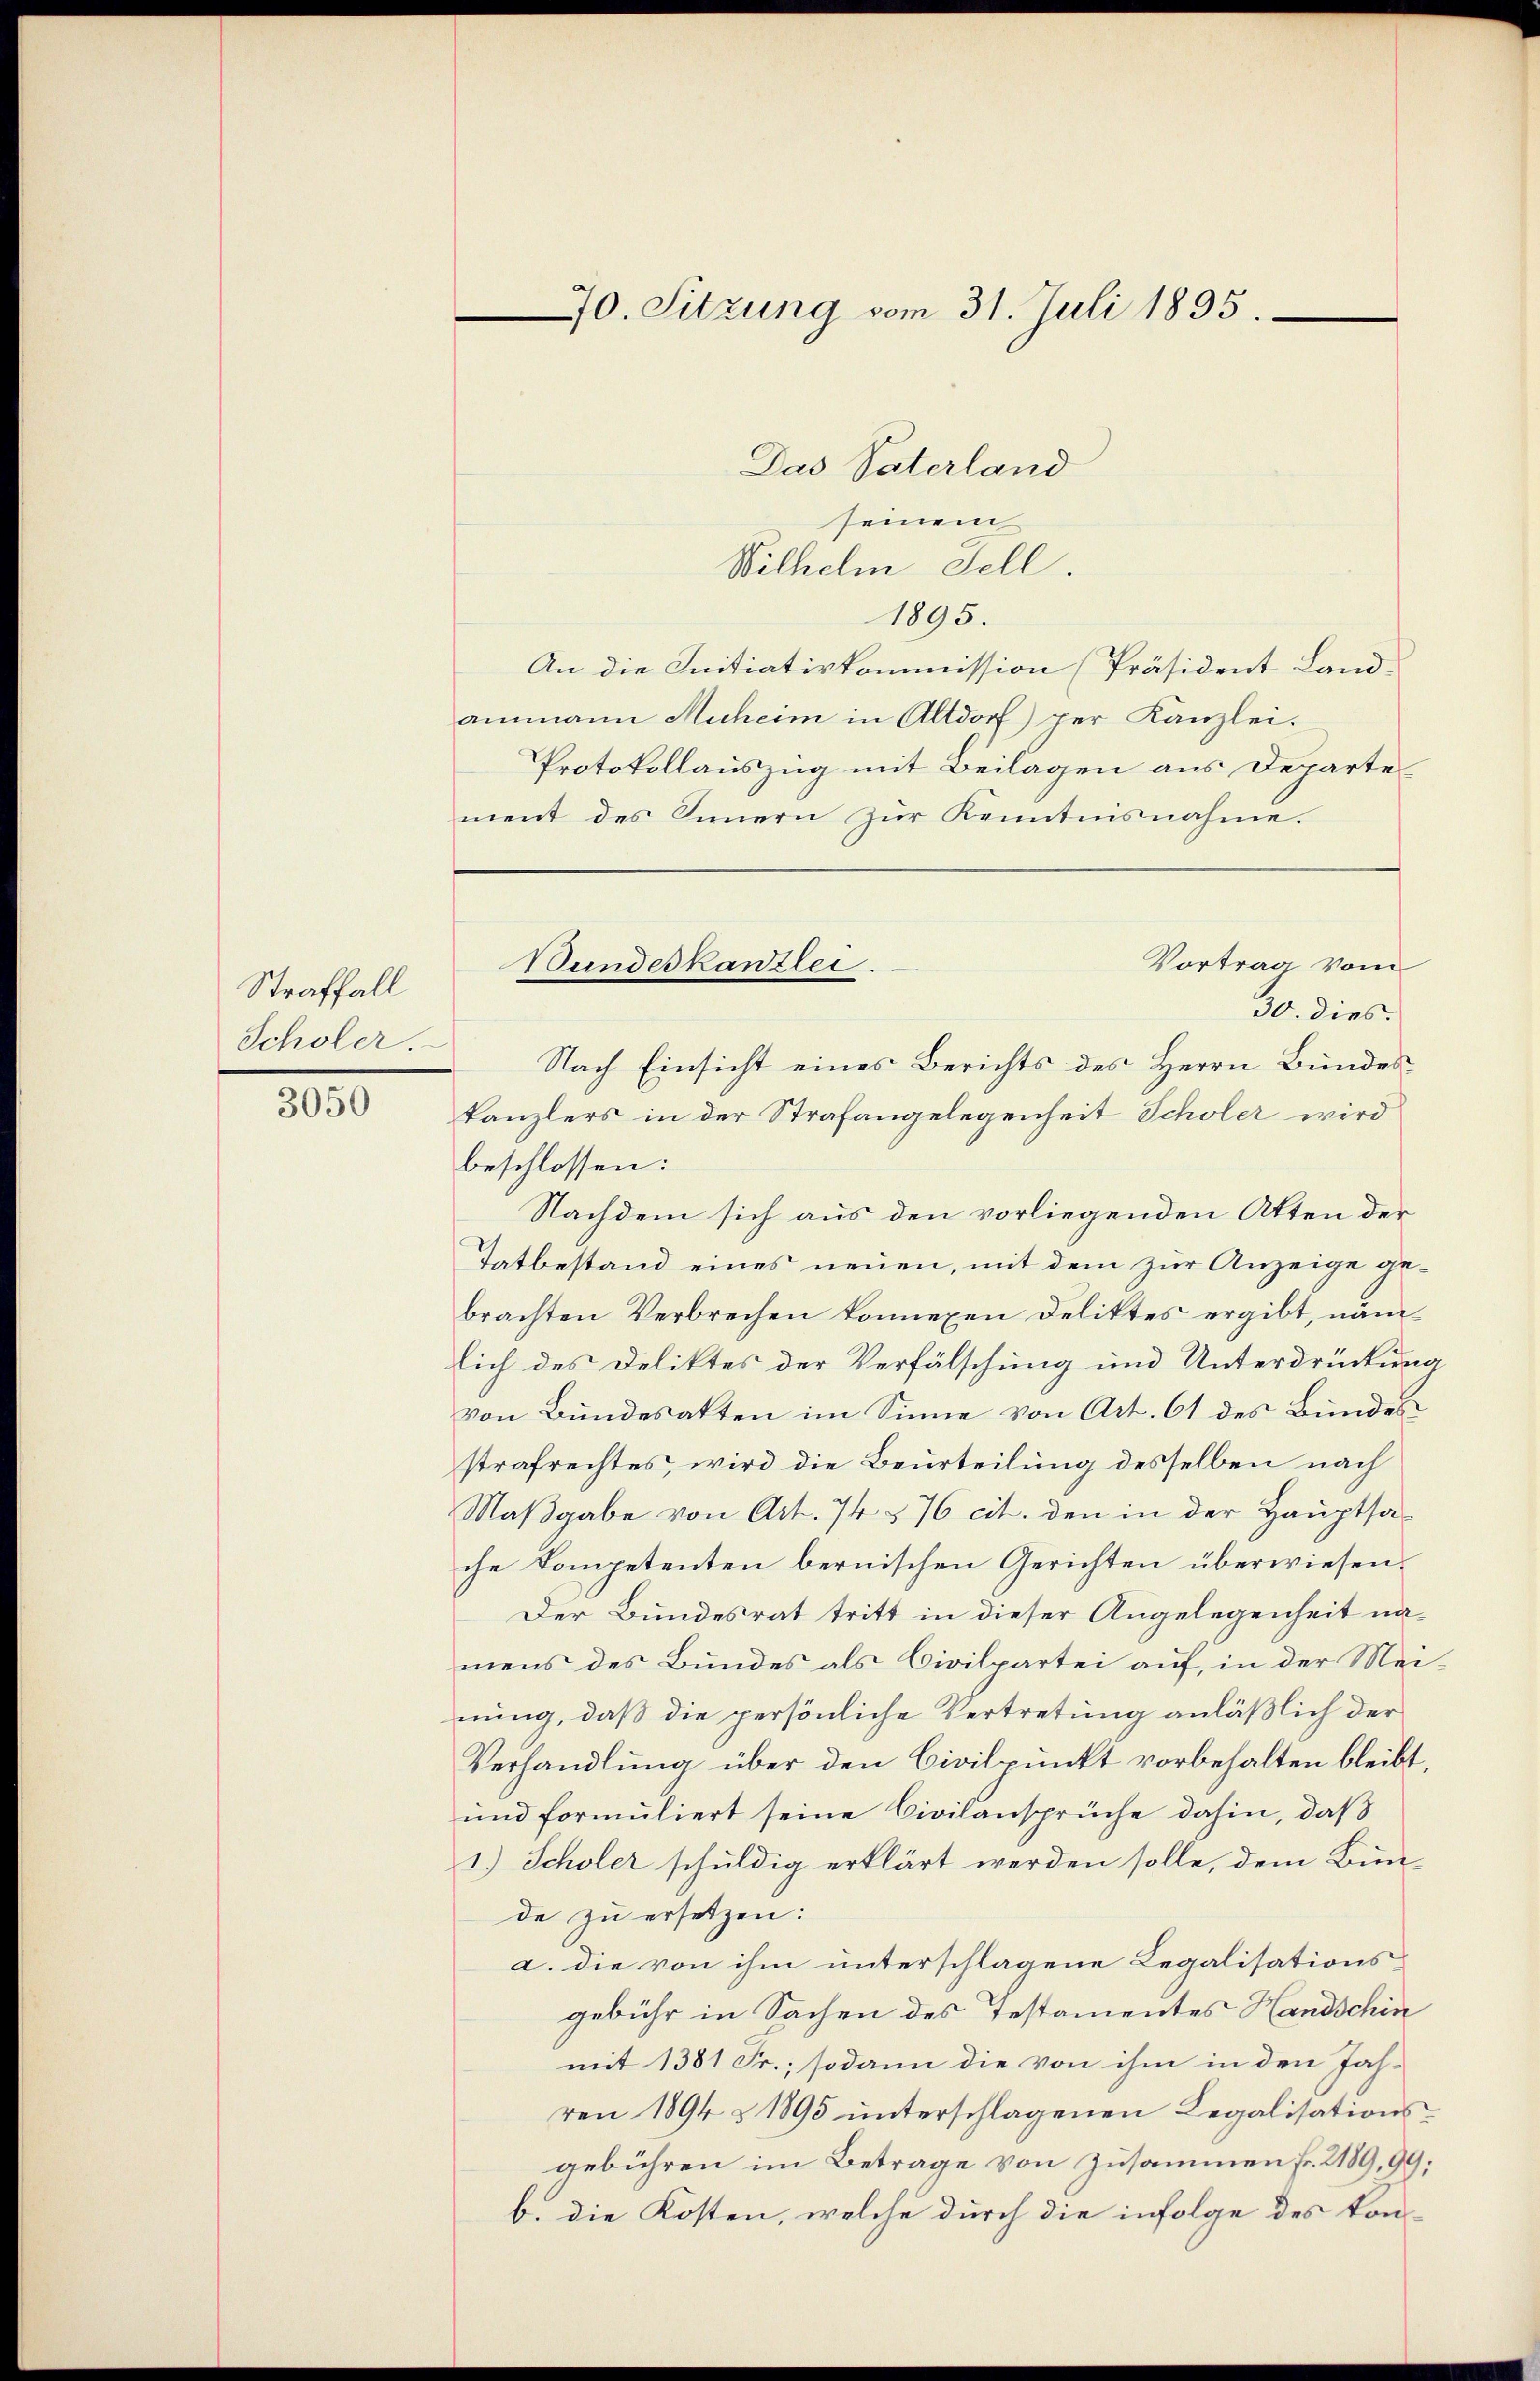
Straffall
Scholer.

3050

Das Vaterland
seinem
Wilhelm Fell.
1895.
An die Initiativkommission (Präsident Land-
ammann Muheim in Altdorf) per Kanzlei-
Protokollauszug mit Beilagen aus Departement des Innern zur Kenntnisnahme.
Vortrag vom
30. dies
Nach Einsicht eines Berichts des Herrn Bundes
kanzlers in der Strafangelegenheit Scholer wird
beschlossen:
Nachdem sich aus den vorliegenden Atten der
Tatbestand eines neuen, mit dem zur Anzeige gebrachten Verbrechen könnenen Deliktes ergibt, näm
lich des Deliktes der Verfälschung und Unterdrückung
von Bundesatten im Sinne von Art. 61 des Bundes
strafrechtes, wird die Beurteilung desselben nach
Maßgabe von Art. 74 § 76 cit. den in der Hauptsache Kompetenten bernischen Gerichten überwiesen.
Der Bundesrat tritt in dieser Angelegenheit nämens des Bundes als Civilpartei auf, in der Meinung, daß die persönliche Vertretung anläßlich der
Verhandlung über den Civilpunkt vorbehalten bleibt,
und formuliert seine Civilansprüche dahin, daß
1.) Scholer schuldig erklärt werden solle, dem Bun-
de zu ersetzen:
a. die von ihm unterschlagene Legalisations-
gebühr in Sachen des Testamentes Handschin
mit 1381 Fr.; sodann die von ihm in den Jah-
ren 1894 § 1895 unterschlagenen Legalisationsgebühren im Betrage von Zusammen fr. 2189, 99;
b. die Kosten, welche durch die infolge des kon-

70. Sitzung vom 31. Juli 1895

Bundeskanzlei.